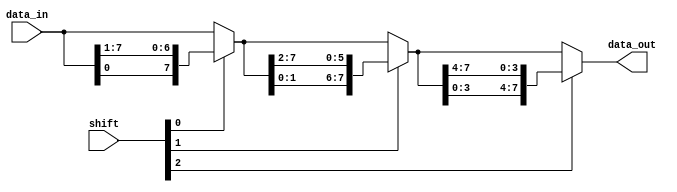
`timescale 1ns / 1ps
//Q3b Barrel Shifter using Stage wise Rotation
//It rotates in stages, wherein Nth stage right rotates by 2^N.
module barrelshifter(
    output reg [7:0] data_out,  //Data Output (8bits)
    input [7:0] data_in,    //Data Input (8bits)
    input [2:0] shift      //Shift control
    );
    always @(*)
            begin
            data_out = shift[0] ? {data_in[0],data_in[7:1]} : data_in;	
	    //Loads a right rotated by 1  version of input if LSB of shift is 1, else loads in the input directly

            data_out = shift[1] ? {data_out[1:0],data_out[7:2]}: data_out; 
	    //Right rotates by 2 if middle bit of shift is 1, else retains the previous value

            data_out = shift[2] ? {data_out[3:0],data_out[7:4]} : data_out;
	    //Right rotates by 4 if MSB of shift is 1, else retains previous output
            end
    endmodule